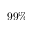
9 9 \%